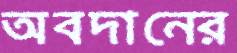
অবদানের